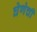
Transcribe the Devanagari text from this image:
घेणेची